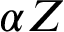
\alpha Z